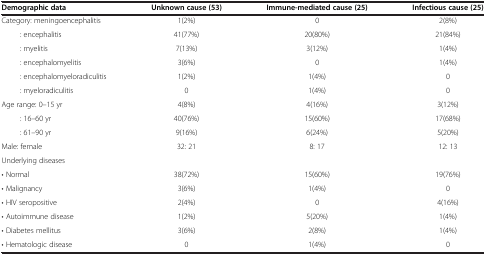
| Demographic data | Unknown cause (53) | Immune-mediated cause (25) | Infectious cause (25) |
 | --- | --- | --- | --- |
 | Category: meningoencephalitis | 1(2%) | 0 | 2(8%) |
 | : encephalitis | 41(77%) | 20(80%) | 21(84%) |
 | : myelitis | 7(13%) | 3(12%) | 1(4%) |
 | : encephalomyelitis | 3(6%) | 0 | 1(4%) |
 | : encephalomyeloradiculitis | 1(2%) | 1(4%) | 0 |
 | : myeloradiculitis | 0 | 1(4%) | 0 |
 | Age range: 0–15 yr | 4(8%) | 4(16%) | 3(12%) |
 | : 16–60 yr | 40(76%) | 15(60%) | 17(68%) |
 | : 61–90 yr | 9(16%) | 6(24%) | 5(20%) |
 | Male: female | 32: 21 | 8: 17 | 12: 13 |
 | Underlying diseases |  |  |  |
 | • Normal | 38(72%) | 15(60%) | 19(76%) |
 | • Malignancy | 3(6%) | 1(4%) | 0 |
 | • HIV seropositive | 2(4%) | 0 | 4(16%) |
 | • Autoimmune disease | 1(2%) | 5(20%) | 1(4%) |
 | • Diabetes mellitus | 3(6%) | 2(8%) | 1(4%) |
 | • Hematologic disease | 0 | 1(4%) | 0 |